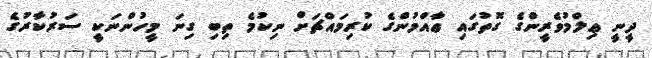
ދީނީ ޢިލްމުވެރީންގެ ގޮތުގައި ޢާއްމުންގެ ކުރިމައްޗަށް ނިކުމެ ތިބި ގިނަ މީހުންނަކީ ސަރުކާރުގެ